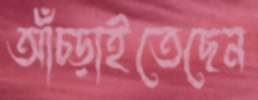
আঁচ্‌ড়াইতেছেন